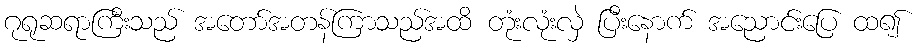
ဂုရုဆရာကြီးသည် အတော်အတန်ကြာသည်အထိ တုံးလုံးလှဲ ပြီးနောက် အညောင်းပြေ ထ၍